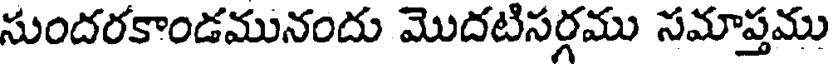
సుందరకాండమునందు మొదటిసర్గము సమాప్తము